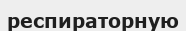
респираторную